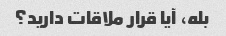
بله، آیا قرار ملاقات دارید؟